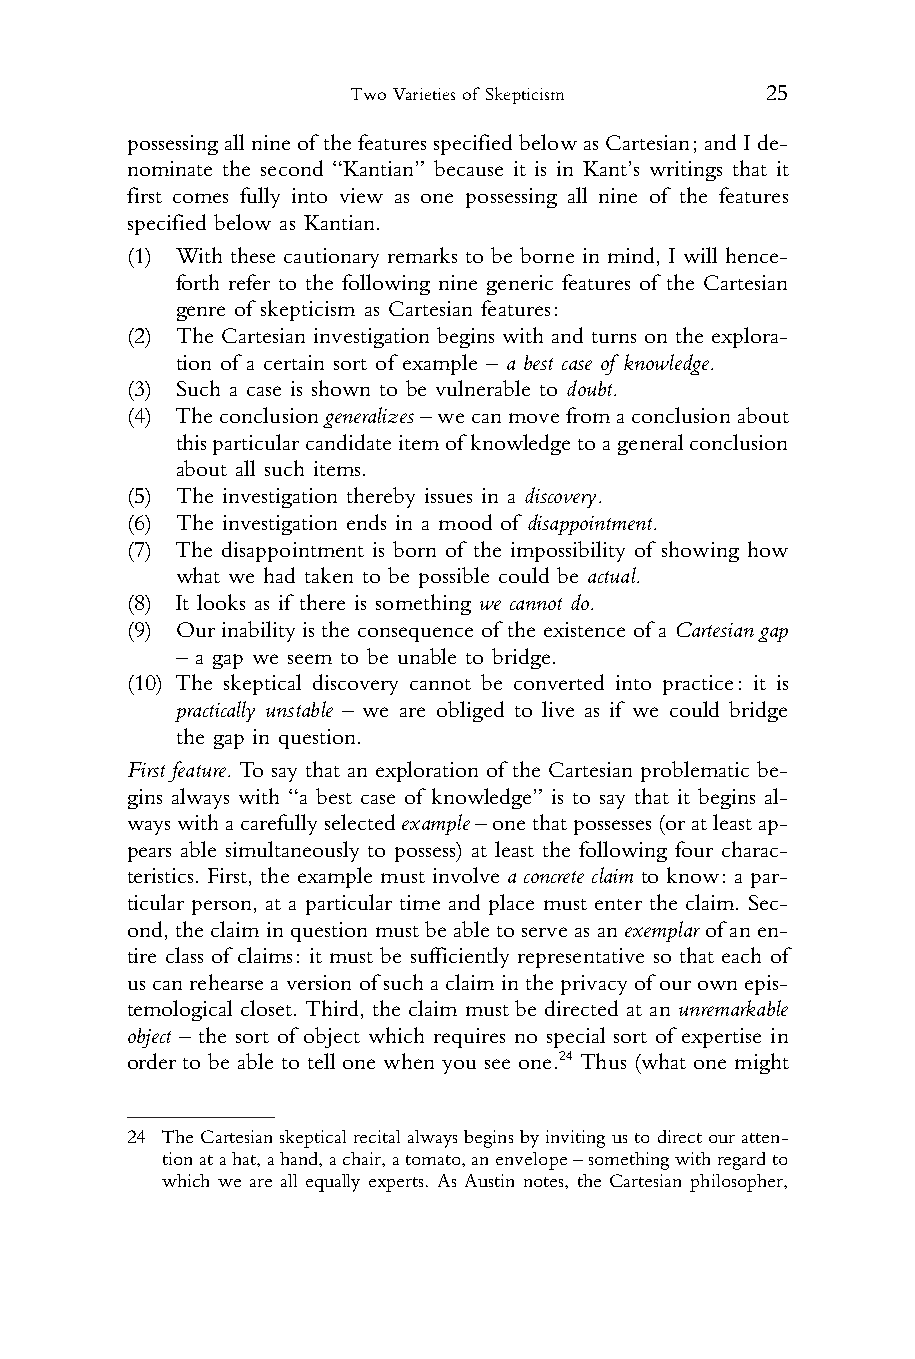
Two Varieties of Skepticism 25
 1 possessingallnineof thefeaturesspecifiedbelowasCartesian;andIde-
 2 nominate the second “Kantian” because it is in Kant’s writings that it
 3 first comes fully into view as one possessing all nine of the features
 4 specified below as Kantian.
 5 (1) With these cautionary remarks to be borne in mind, I will hence-
 6    forth refer to the following nine generic features of the Cartesian
 7    genre of skepticism as Cartesian features:
 8 (2) The Cartesian investigation begins with and turns on the explora-
 9    tion of a certain sort of example – a best case of knowledge.
 10 (3) Such a case is shown to be vulnerable to doubt.
 11 (4) Theconclusiongeneralizes–wecanmovefromaconclusionabout
 12    thisparticularcandidateitemof knowledgetoageneralconclusion
 13    about all such items.
 14 (5) The investigation thereby issues in a discovery.
 15 (6) The investigation ends in a mood of disappointment.
 16 (7) The disappointment is born of the impossibility of showing how
 17    what we had taken to be possible could be actual.
 18 (8) It looks as if there is something we cannot do.
 19 (9) Our inability is the consequence of the existence of a Cartesian gap
 20    – a gap we seem to be unable to bridge.
 21 (10) The skeptical discovery cannot be converted into practice: it is
 22    practically unstable – we are obliged to live as if we could bridge
 23    the gap in question.
 24
 First feature. To say that an exploration of the Cartesian problematic be-
 25
 gins always with “a best case of knowledge” is to say that it begins al-
 26
 wayswithacarefullyselectedexample–onethatpossesses(oratleastap-
 27
 pears able simultaneously to possess) at least the following four charac-
 28
 teristics. First, the example must involve a concrete claim to know: a par-
 29
 ticular person, at a particular time and place must enter the claim. Sec-
 30
 ond,theclaim inquestion mustbe abletoserveasanexemplar ofan en-
 31
 tire class of claims: it must be sufficiently representative so that each of
 32
 uscanrehearse aversionofsuchaclaim intheprivacyofourownepis-
 33
 temological closet. Third, the claim must be directed at an unremarkable
 34
 object – the sort of object which requires no special sort of expertise in
 35
 order to be able to tell one when you see one.24 Thus (what one might
 36
 37
 38
 24 TheCartesianskepticalrecitalalwaysbeginsbyinvitingustodirectouratten-
 39    tionatahat,ahand,achair,atomato,anenvelope–somethingwithregardto
 40    which we are all equally experts. As Austin notes, the Cartesian philosopher,